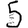
Digit: 5